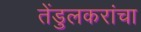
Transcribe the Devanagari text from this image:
तेंडुलकरांचा